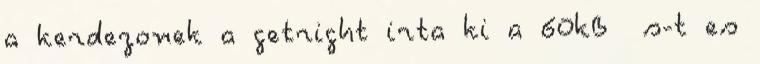
a kerdezonek a getright irta ki a 60kB s-t es